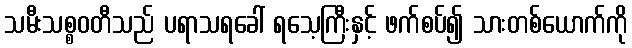
သမီးသစ္စဝတီသည် ပရာသရခေါ် ရသေ့ကြီးနှင့် ဖက်စပ်၍ သားတစ်ယောက်ကို